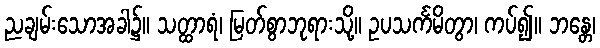
ညချမ်းသောအခါ၌။ သတ္ထာရံ၊ မြတ်စွာဘုရားသို့။ ဥပသင်္ကမိတွာ၊ ကပ်၍။ ဘန္တေ၊